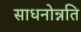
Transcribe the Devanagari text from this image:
साधनोन्नति